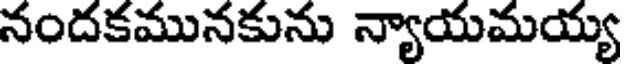
నందకమునకును న్యాయమయ్య